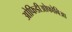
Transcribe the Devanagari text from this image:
ओफिडीओफोबिआ